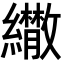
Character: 𦇕